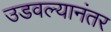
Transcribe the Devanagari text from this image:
उडवल्यानंतर